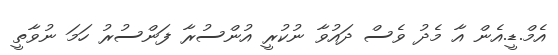
އެމް.ޑީ.އެން އާ މެދު ވެސް ދައުވާ ނުކުރީ އުންސުރާ ފަންސުރު ހަމަ ނުވާތީ